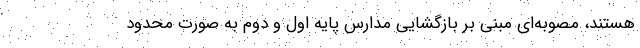
هستند، مصوبه‌ای مبنی بر بازگشایی مدارس پایه اول و دوم به صورت محدود